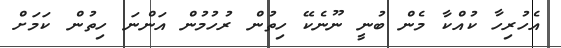
އެހުރިހާ ކުއްކާ މެން ބުނީ ނޫނެކޭ ހިތުން ރުހުމުން އަންނަ ހިތުން ކަމަށް